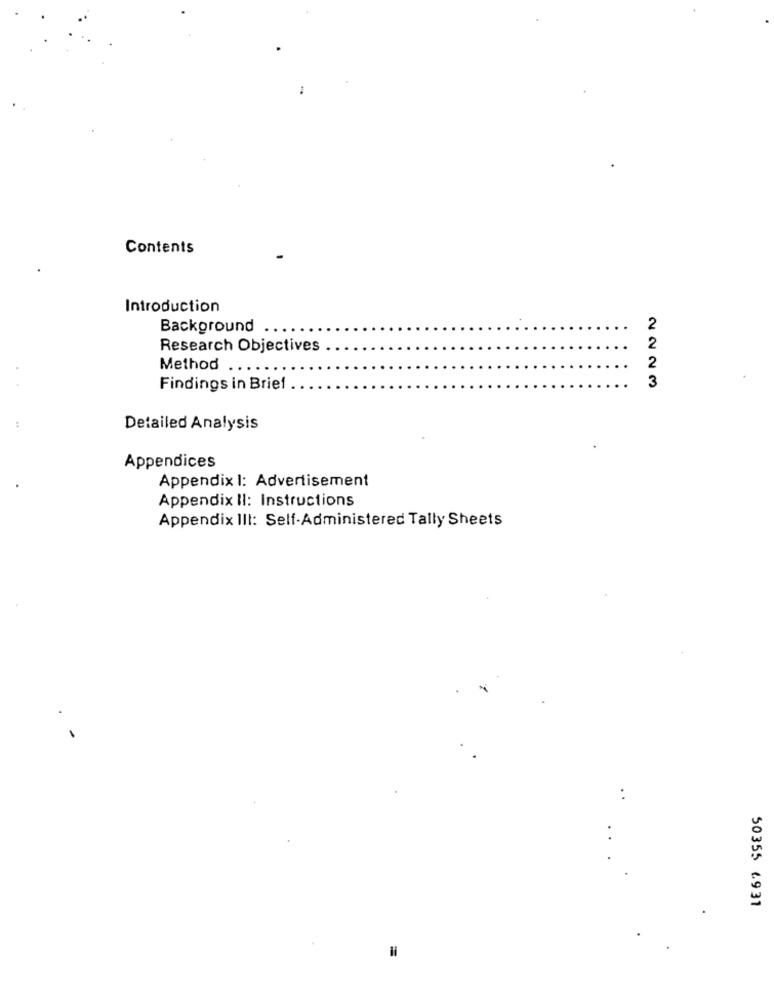
Contents
Introduction
Background
2
Research Objectives
2
2
Method ....
3
Findings in Brief
Detailed Analysis
Appendices
Appendix 1: Advertisement
Appendix II: Instructions
Appendix III: Self-Administered Tally Sheets
50355 6931